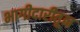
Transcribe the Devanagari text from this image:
भागीदारीतून